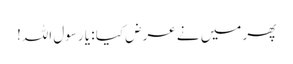
پھر میں نے عرض کیا : یا رسول اللہ!